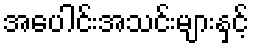
အပေါင်းအသင်းများနှင့်